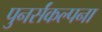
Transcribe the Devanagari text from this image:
पुनर्संकल्पना